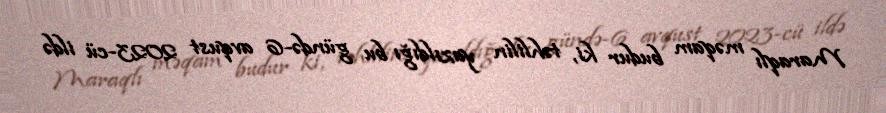
Maraqlı məqam budur ki, təhlilin yazıldığı bu gündə-6 avqust 2023-cü ildə